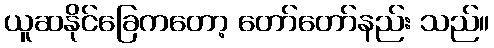
ယူဆနိုင်ခြေကတော့ တော်တော်နည်း သည်။